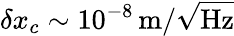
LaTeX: \delta x_{c}\sim 10^{-8}\, \mathrm{m}/\sqrt{\mathrm{Hz}}